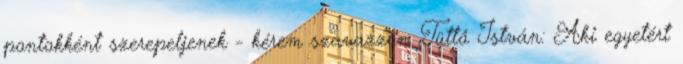
pontokként szerepeljenek - kérem szavazzon. Tüttő István: Aki egyetért